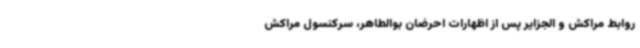
روابط مراکش و الجزایر پس از اظهارات احرضان بوالطاهر، سرکنسول مراکش